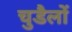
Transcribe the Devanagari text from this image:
चुडैलों